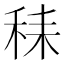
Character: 𱶆